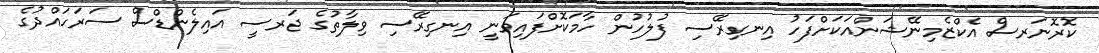
ކޮރޮނަރސް އެކްޒެމިނޭޝަންއަކަށްފަހު އިނގިރޭސި ފުލުހުން ހާމަކޮށްފައިވަނީ އިނގިރޭސި ވިލާތުގެ ޖަރސީ އައިލެންޑްސް ސަރަހައްދުގެ